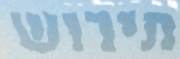
תירוש